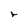
Character: r